Report on vaccination North-West Frontier Province 1904-1922 - 1904-1922
Year: 1904
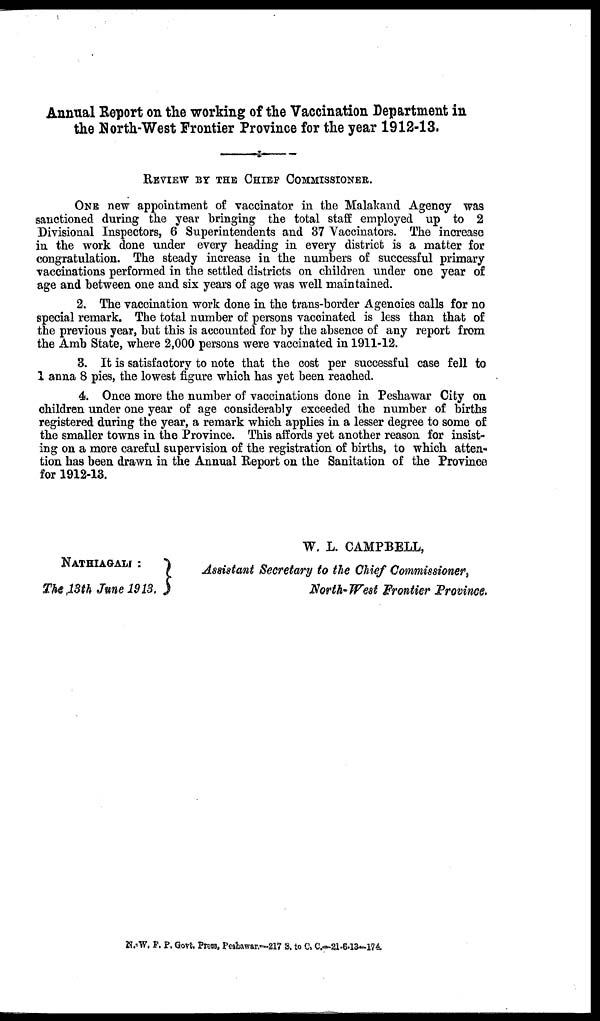
Annual Report on the working of the Vaccination Department in
the North-West Frontier Province for the year 1912-13.
REVIEW BY THE CHIEF COMMISSIONER.
ONE new appointment of vaccinator in the Malakand Agency was
sanctioned during the year bringing the total staff employed up to 2
Divisional Inspectors, 6 Superintendents and 37 Vaccinators. The increase
in the work done under every heading in every district is a matter for
congratulation. The steady increase in the numbers of successful primary
vaccinations performed in the settled districts on children under one year of
age and between one and six years of age was well maintained.
2. The vaccination work done in the trans-border Agencies calls for no
special remark. The total number of persons vaccinated is less than that of
the previous year, but this is accounted for by the absence of any report from
the Amb State, where 2,000 persons were vaccinated in 1911-12.
3. It is satisfactory to note that the cost per successful case fell to
1 anna 8 pies, the lowest figure which has yet been reached.
4. Once more the number of vaccinations done in Peshawar City on
children under one year of age considerably exceeded the number of births
registered during the year, a remark which applies in a lesser degree to some of
the smaller towns in the Province. This affords yet another reason for insist-
ing on a more careful supervision of the registration of births, to which atten-
tion has been drawn in the Annual Report on the Sanitation of the Province
for 1912-13.
W. L. CAMPBELL,
NATHIAGALI :
The 13th June 1913.
Assistant Secretary to the Chief Commissioner,
North-West Frontier Province.
N.-W. F. P. Govt. Press, Peshawar.—217 S. to C, C.—21-6-13—174.